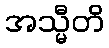
အသ္မီတိ